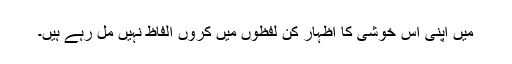
میں اپنی اس خوشی کا اظہار کن لفظوں میں کروں الفاظ نہیں مل رہے ہیں۔